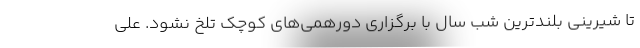
تا شیرینی بلندترین شب سال با برگزاری دورهمی‌های کوچک تلخ نشود. علی